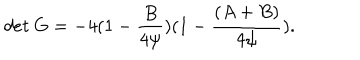
d e t \ G = - 4 ( 1 - { \frac { B } { 4 \psi } } ) ( 1 - { \frac { ( A + B ) } { 4 \psi } } ) .